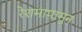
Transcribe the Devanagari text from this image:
रेशमापासुन